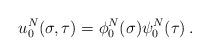
LaTeX: \begin{align*}u_0^N(\sigma,\tau) = \phi_0^N(\sigma) \psi_0 ^N(\tau)\,.\end{align*}